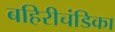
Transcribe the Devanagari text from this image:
बहिरीचंडिका